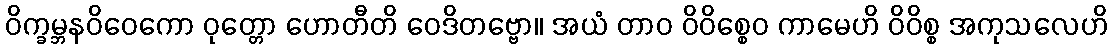
ဝိက္ခမ္ဘနဝိဝေကော ဝုတ္တော ဟောတီတိ ဝေဒိတဗ္ဗော။ အယံ တာဝ ဝိဝိစ္စေဝ ကာမေဟိ ဝိဝိစ္စ အကုသလေဟိ